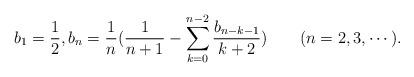
LaTeX: \begin{align*}b_1=\frac{1}{2}, b_n=\frac{1}{n}(\frac{1}{n+1}-\sum_{k=0}^{n-2}\frac{b_{n-k-1}}{k+2})\qquad(n=2,3,\dotsm).\end{align*}